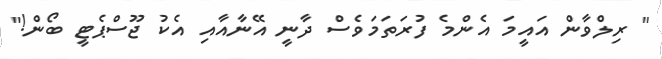
" ރިލްވާން އައީމަ އެންމެ ފުރަތަމަވެސް ދާނީ އޭނާއާއި އެކު ޖޫސްޕެޓީ ބޯން!"